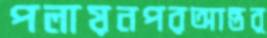
পলায়নপরআন্তর্